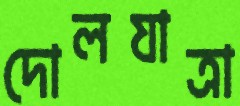
দোলযাত্রা